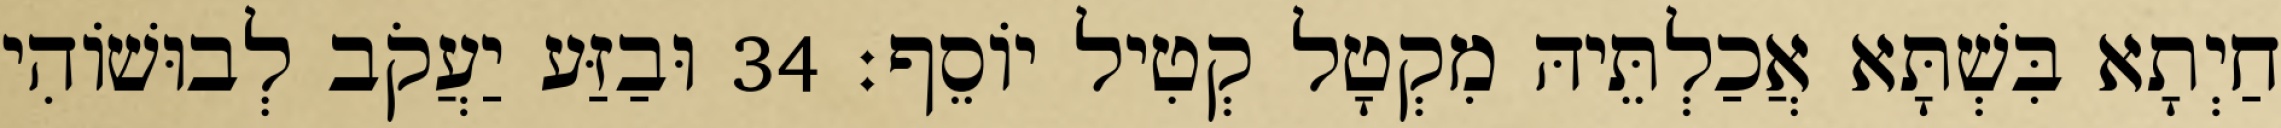
חַיְתָא בִּשְׁתָּא אֲכַלְתֵּיהּ מִקְטָל קְטִיל יוֹסֵף׃ 34 וּבַזַּע יַעֲקֹב לְבוּשׁוֹהִי